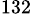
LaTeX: ^{132}